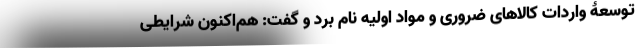
توسعۀ واردات کالاهای ضروری و مواد اولیه نام برد و گفت: هم‌اکنون شرایطی